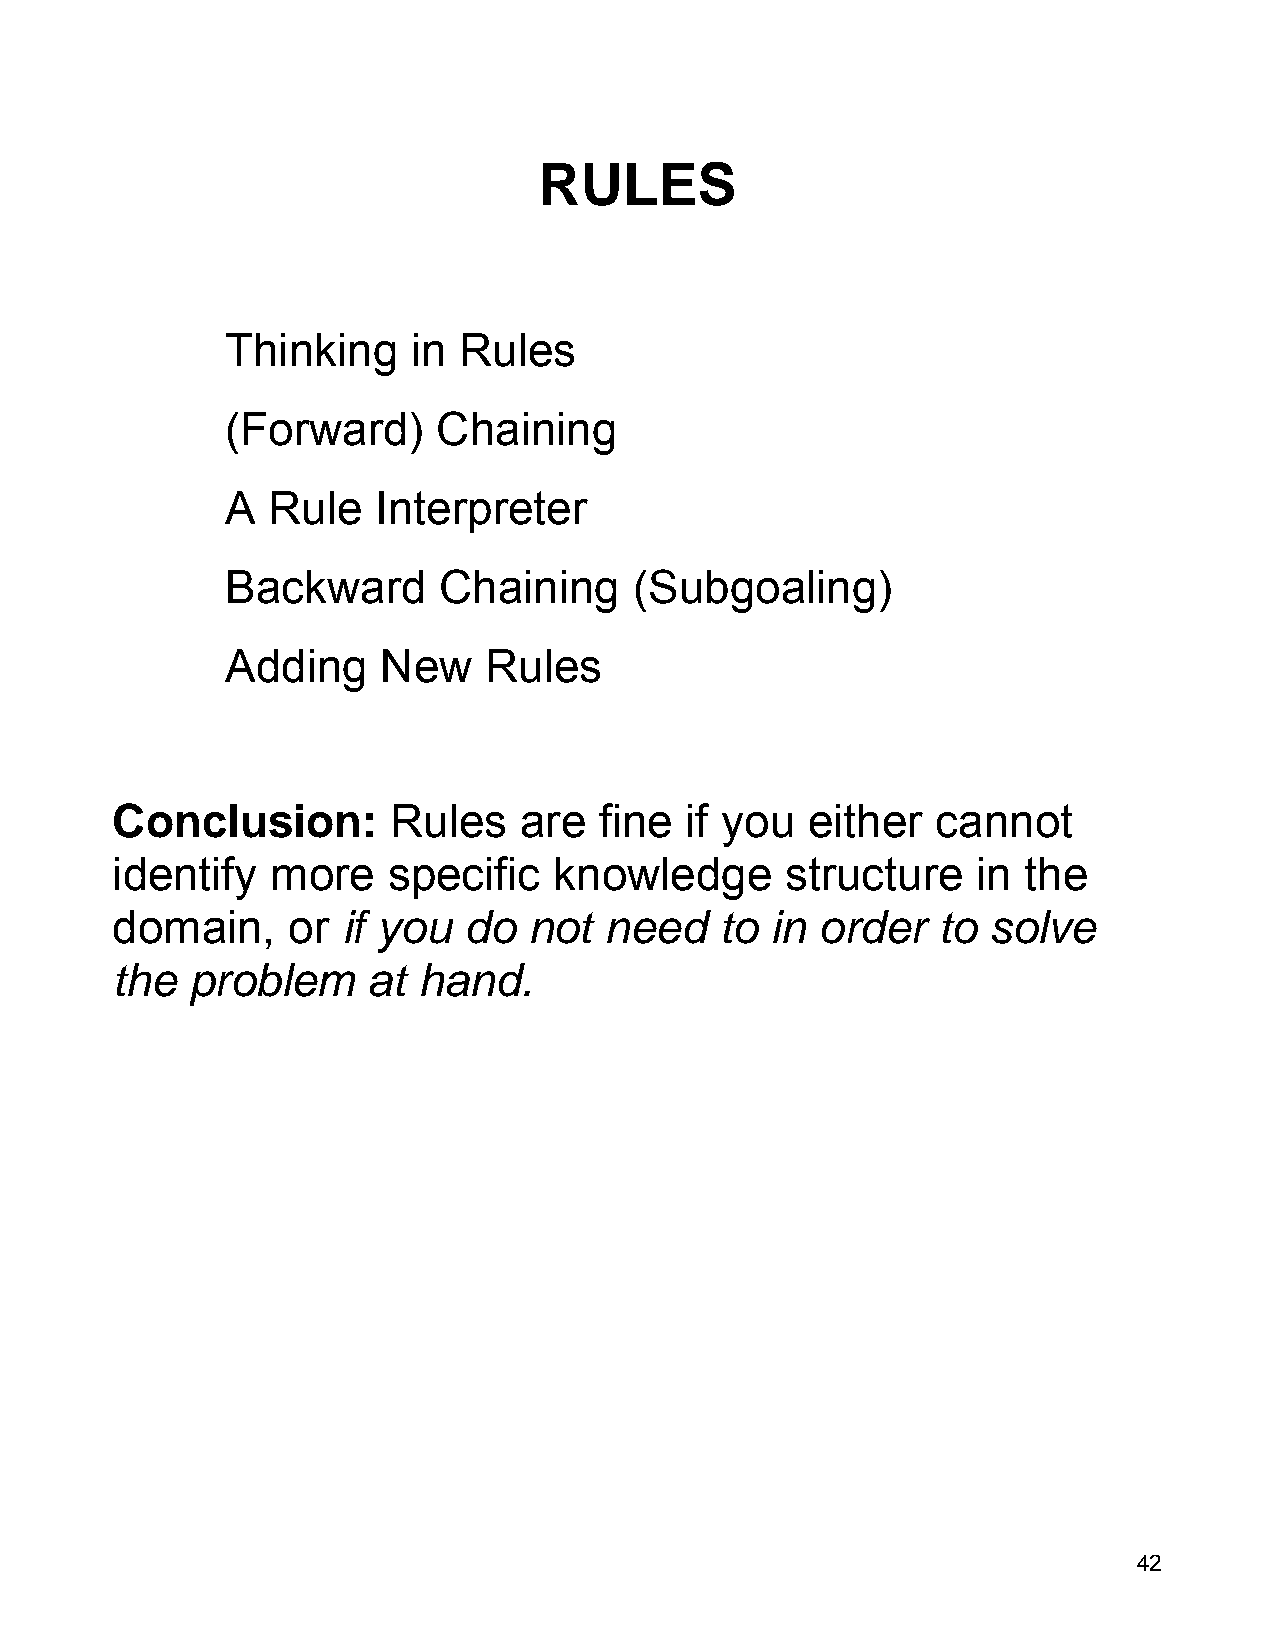
RULES
 Thinking    in Rules
 (Forward)     Chaining
 A  Rule   Interpreter
 Backward      Chaining     (Subgoaling)
 Adding    New    Rules
 Conclusion:        Rules   are   fine if you  either   cannot
 identify   more    specific   knowledge      structure    in the
 domain,     or  if you  do  not  need    to in order   to solve
 the   problem    at  hand.
 42